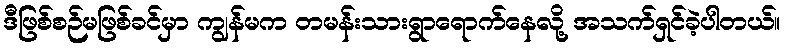
ဒီဖြစ်စဉ်မဖြစ်ခင်မှာ ကျွန်မက တမန်းသားရွာရောက်နေလို့ အသက်ရှင်ခဲ့ပါတယ်။